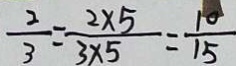
\frac { 2 } { 3 } = \frac { 2 \times 5 } { 3 \times 5 } = \frac { 1 0 } { 1 5 }